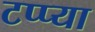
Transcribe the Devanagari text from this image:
टप्प्या